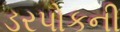
ડરપોકની